Mental hospitals Bombay report 1929-33 - 1929-1933
Year: 1929
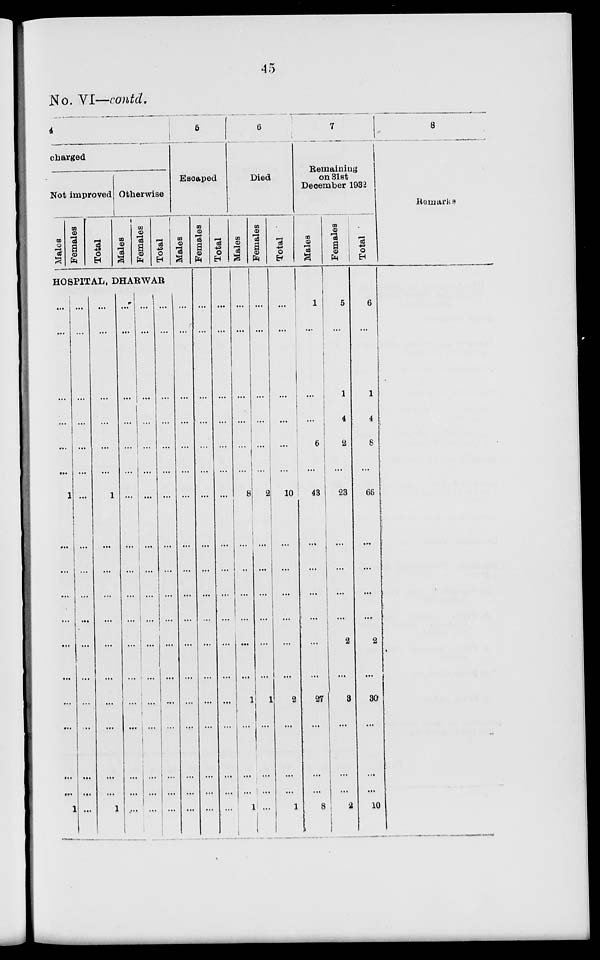
45
No. VI—contd.
4
charged
Not improved
Males
Females
Total
Otherwise
Mal es
Fe ma l
e s
Total
HOSPITAL, DHARWAR
...
...
...
...
...
...
1
...
...
...
...
...
...
...
...
...
...
1
...
...
...
...
...
...
...
...
...
...
...
...
...
...
...
...
...
...
...
...
...
...
...
...
1
...
...
...
...
...
...
...
...
...
...
1
...
...
...
...
...
...
...
...
...
...
...
...
...
...
...
...
...
...
...
...
...
...
...
...
...
...
...
...
...
...
...
...
...
...
...
...
...
...
...
...
...
...
...
...
...
...
...
...
...
...
...
...
...
...
5
Escped
Males
...
...
...
...
...
...
...
...
...
...
...
...
...
...
...
...
...
...
Females
...
...
...
...
...
...
...
...
...
...
...
...
...
...
...
...
...
...
Total
...
...
...
...
...
...
...
...
...
...
...
...
...
...
...
...
...
...
6
Died
Males
...
...
...
...
...
...
8
...
...
...
...
...
...
1
...
...
...
1
Females
...
...
...
...
...
...
2
...
...
...
...
...
...
1
...
...
...
...
Total
...
...
...
...
...
...
10
...
...
...
...
...
...
2
...
...
...
1
7
Remaining
on 31st
December 1932
Males
1
...
...
...
6
...
43
...
...
...
...
...
...
27
...
...
...
8
Females
5
...
1
4
2
...
23
...
...
...
...
2
...
3
...
...
...
2
Total
6
...
1
4
8
...
66
...
...
...
...
2
...
30
...
...
...
10
8
Remarks